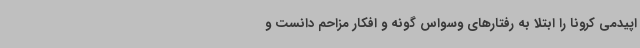
اپیدمی کرونا را ابتلا به رفتارهای وسواس گونه و افکار مزاحم دانست و